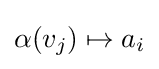
\alpha (v_{j})\mapsto a_{i}